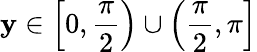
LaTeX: \mathbf{y}\in\left[0,{\frac{{\pi}}{{2}}}\right)\cup\left({\frac{{\pi}}{{2}}},\pi\right]